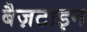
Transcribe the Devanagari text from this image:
बैज़टाइन